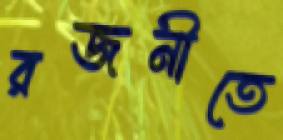
রজনীতে